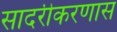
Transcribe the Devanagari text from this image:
सादरीकरणास